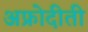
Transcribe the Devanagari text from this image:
अफ्रोदीती